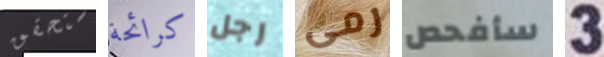
ستحقق كرائحة رجل رمى سأفحص 3